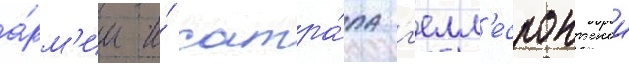
а́рм'ии и́ сатра́па г'елл'еспонтскои